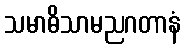
သမာဓိသာမညဂတာနံ